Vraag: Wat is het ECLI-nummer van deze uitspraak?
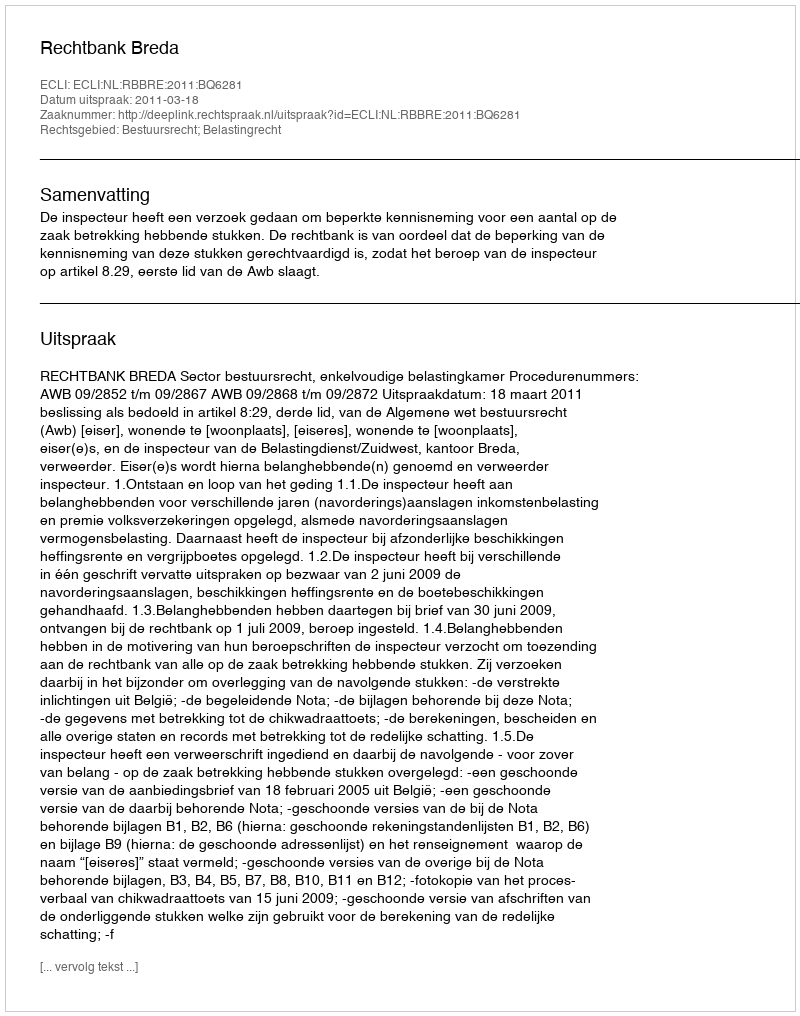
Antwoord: ECLI:NL:RBBRE:2011:BQ6281